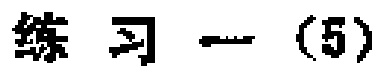
练习一（5）